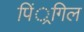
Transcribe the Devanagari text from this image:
पिं्रगिल